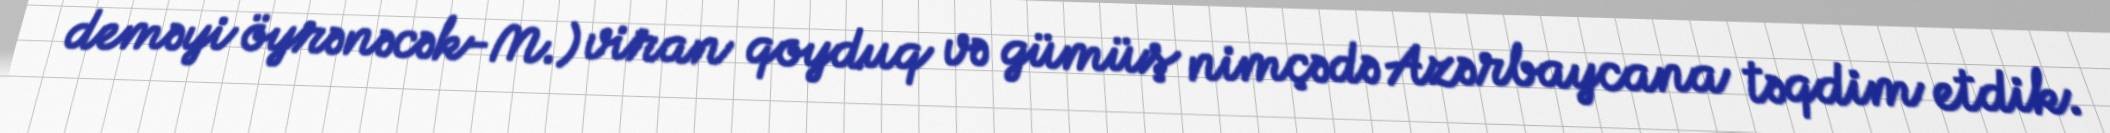
deməyi öyrənəcək-M.) viran qoyduq və gümüş nimçədə Azərbaycana təqdim etdik.